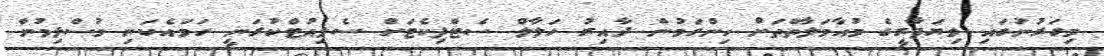
މިގަރުނުގައި ވިޔަފާރީގެ މުއާމަލާތްތަށް ހިންގަމުން ދާއިރު ހަލާލް ސެޓްފިކެޓަށް ސެލިއުޓްކުރަނީ ހަމައެކަނި މުސްލިމުން